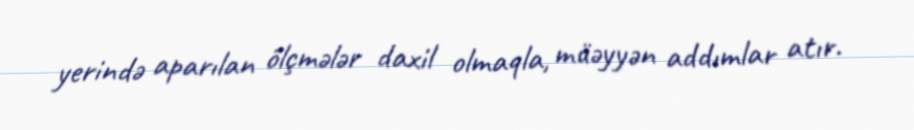
yerində aparılan ölçmələr daxil olmaqla, müəyyən addımlar atır.